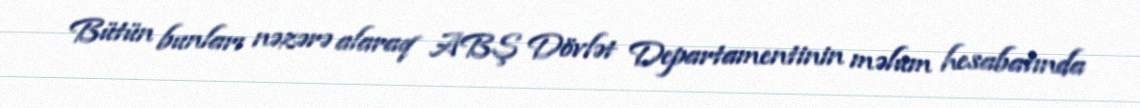
Bütün bunları nəzərə alaraq ABŞ Dövlət Departamentinin məlum hesabatında